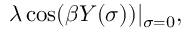
\lambda \cos ( \beta Y ( \sigma ) ) | _ { \sigma = 0 } ,